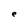
Character: e